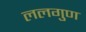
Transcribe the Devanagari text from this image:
ललगुण